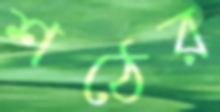
শঠের